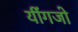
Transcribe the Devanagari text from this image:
यींगजो